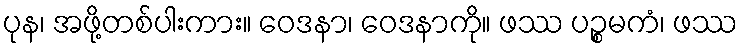
ပုန၊ အဖို့တစ်ပါးကား။ ဝေဒနာ၊ ဝေဒနာကို။ ဖဿ ပဉ္စမကံ၊ ဖဿ